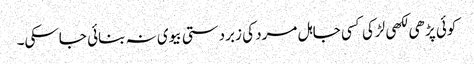
کوئی پڑھی لکھی لڑکی کسی جاہل مرد کی زبردستی بیوی نہ بنائی جاسکی۔